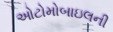
ઓટોમોબાઇલની